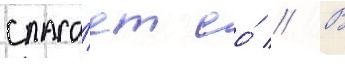
спаса́ет ео́ // В